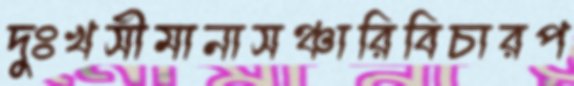
দুঃখসীমানাসঞ্চারিবিচারপ